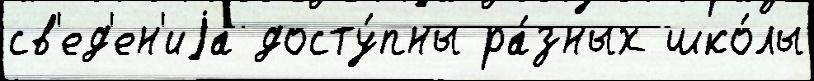
св'ед'ен'иjа досту́пны ра́зных шко́лы